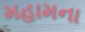
મહામના